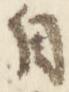
自